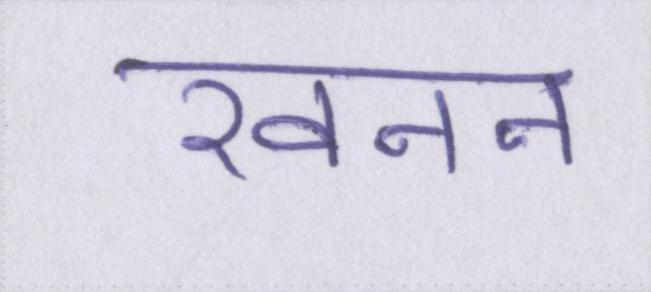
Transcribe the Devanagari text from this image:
खनन